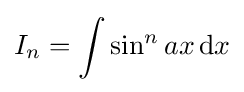
I_{n}=\int \sin ^{n}{ax}\,{\text{d}}x\,\!